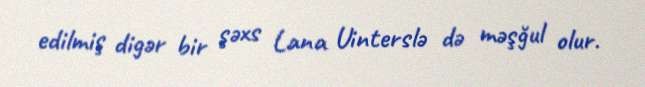
edilmiş digər bir şəxs Lana Uinterslə də məşğul olur.